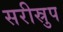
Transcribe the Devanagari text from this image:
सरीस्रुप